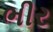
ભીર